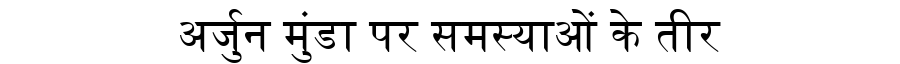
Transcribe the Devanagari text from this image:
अर्जुन मुंडा पर समस्याओं के तीर